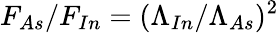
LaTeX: F_{As}/F_{In}=(\Lambda_{In}/\Lambda_{As})^{2}